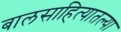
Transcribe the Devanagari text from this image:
बालसाहित्यातल्या